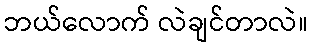
ဘယ်လောက် လဲချင်တာလဲ။